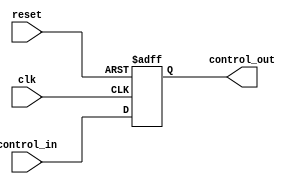
module ControlRegister #(
    parameter N = 8  // Define the size of the control register (number of bits)
)(
    input wire clk,                // Clock signal
    input wire reset,              // Reset signal
    input wire [N-1:0] control_in, // Control inputs
    output reg [N-1:0] control_out // Control outputs
);

// Asynchronous reset and synchronous update
always @(posedge clk or posedge reset) begin
    if (reset) begin
        control_out <= {N{1'b0}}; // Clear the register to 0
    end else begin
        control_out <= control_in; // Update the register with control inputs
    end
end

endmodule